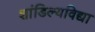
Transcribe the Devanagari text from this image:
शांडिल्यविद्या